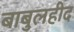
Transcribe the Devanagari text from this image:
बाबुलहीद